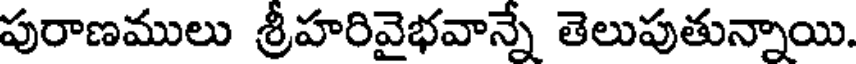
పురాణములు శ్రీహరివైభవాన్నే తెలుపుతున్నాయి.